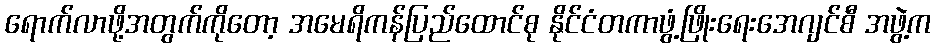
ရောက်လာဖို့အတွက်ကိုတော့ အမေရိကန်ပြည်ထောင်စု နိုင်ငံတကာဖွံ့ဖြိုးရေးအေဂျင်စီ အဖွဲ့က